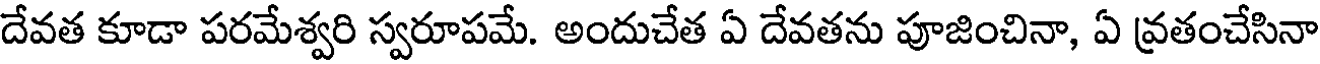
దేవత కూడా పరమేశ్వరి స్వరూపమే. అందుచేత ఏ దేవతను పూజించినా, ఏ వ్రతంచేసినా